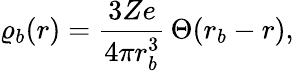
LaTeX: \varrho_{b}(r)=\frac{3Ze}{4\pi r_{b}^{3}}\, \Theta(r_{b}-r),